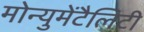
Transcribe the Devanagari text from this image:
मोन्युमेंटैलिटी